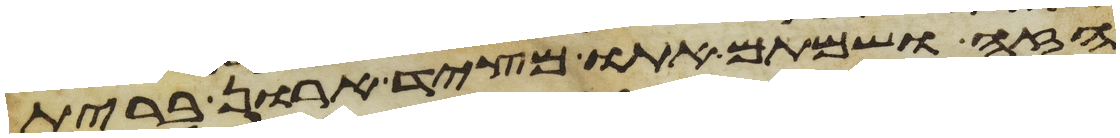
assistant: הזה ושמתם אתו מצד ארון ברית